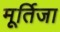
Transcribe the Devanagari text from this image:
मूर्तिजा